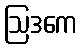
ဩဒကေ